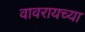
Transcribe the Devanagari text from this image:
वावरायच्या